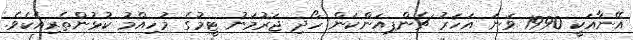
އޭނާއަކީ 1990 ވަނަ އަހަރު ޗެންޕއަންކަން ހޯދި ޖަރުމަނު ޓީމުގެ މުހިއްމު ކުޅުންތެރިއެކެވެ.